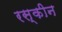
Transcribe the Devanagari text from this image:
रस्कीन